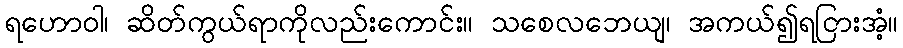
ရဟောဝါ၊ ဆိတ်ကွယ်ရာကိုလည်းကောင်း။ သစေလဘေယျ၊ အကယ်၍ရငြားအံ့။